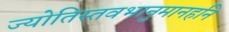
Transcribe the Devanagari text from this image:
ज्योतिस्तवभानुमानहनि